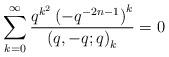
LaTeX: \begin{align*}\sum_{k=0}^{\infty}\frac{q^{k^{2}}\left(-q^{-2n-1}\right)^{k}}{\left(q,-q;q\right)_{k}}=0\end{align*}